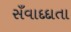
સઁવાદદાતા